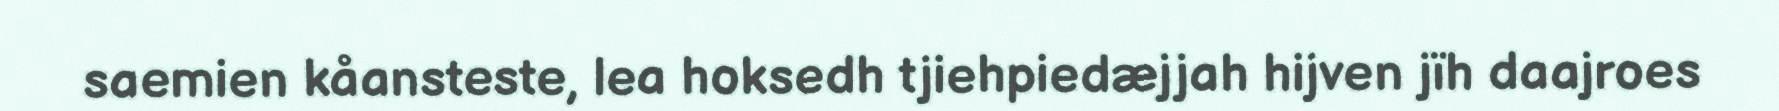
saemien kåansteste, lea hoksedh tjiehpiedæjjah hijven jïh daajroes